65_HS1-834228961_62-HQ-83894_Section_10
Agency: FBI
Page 142
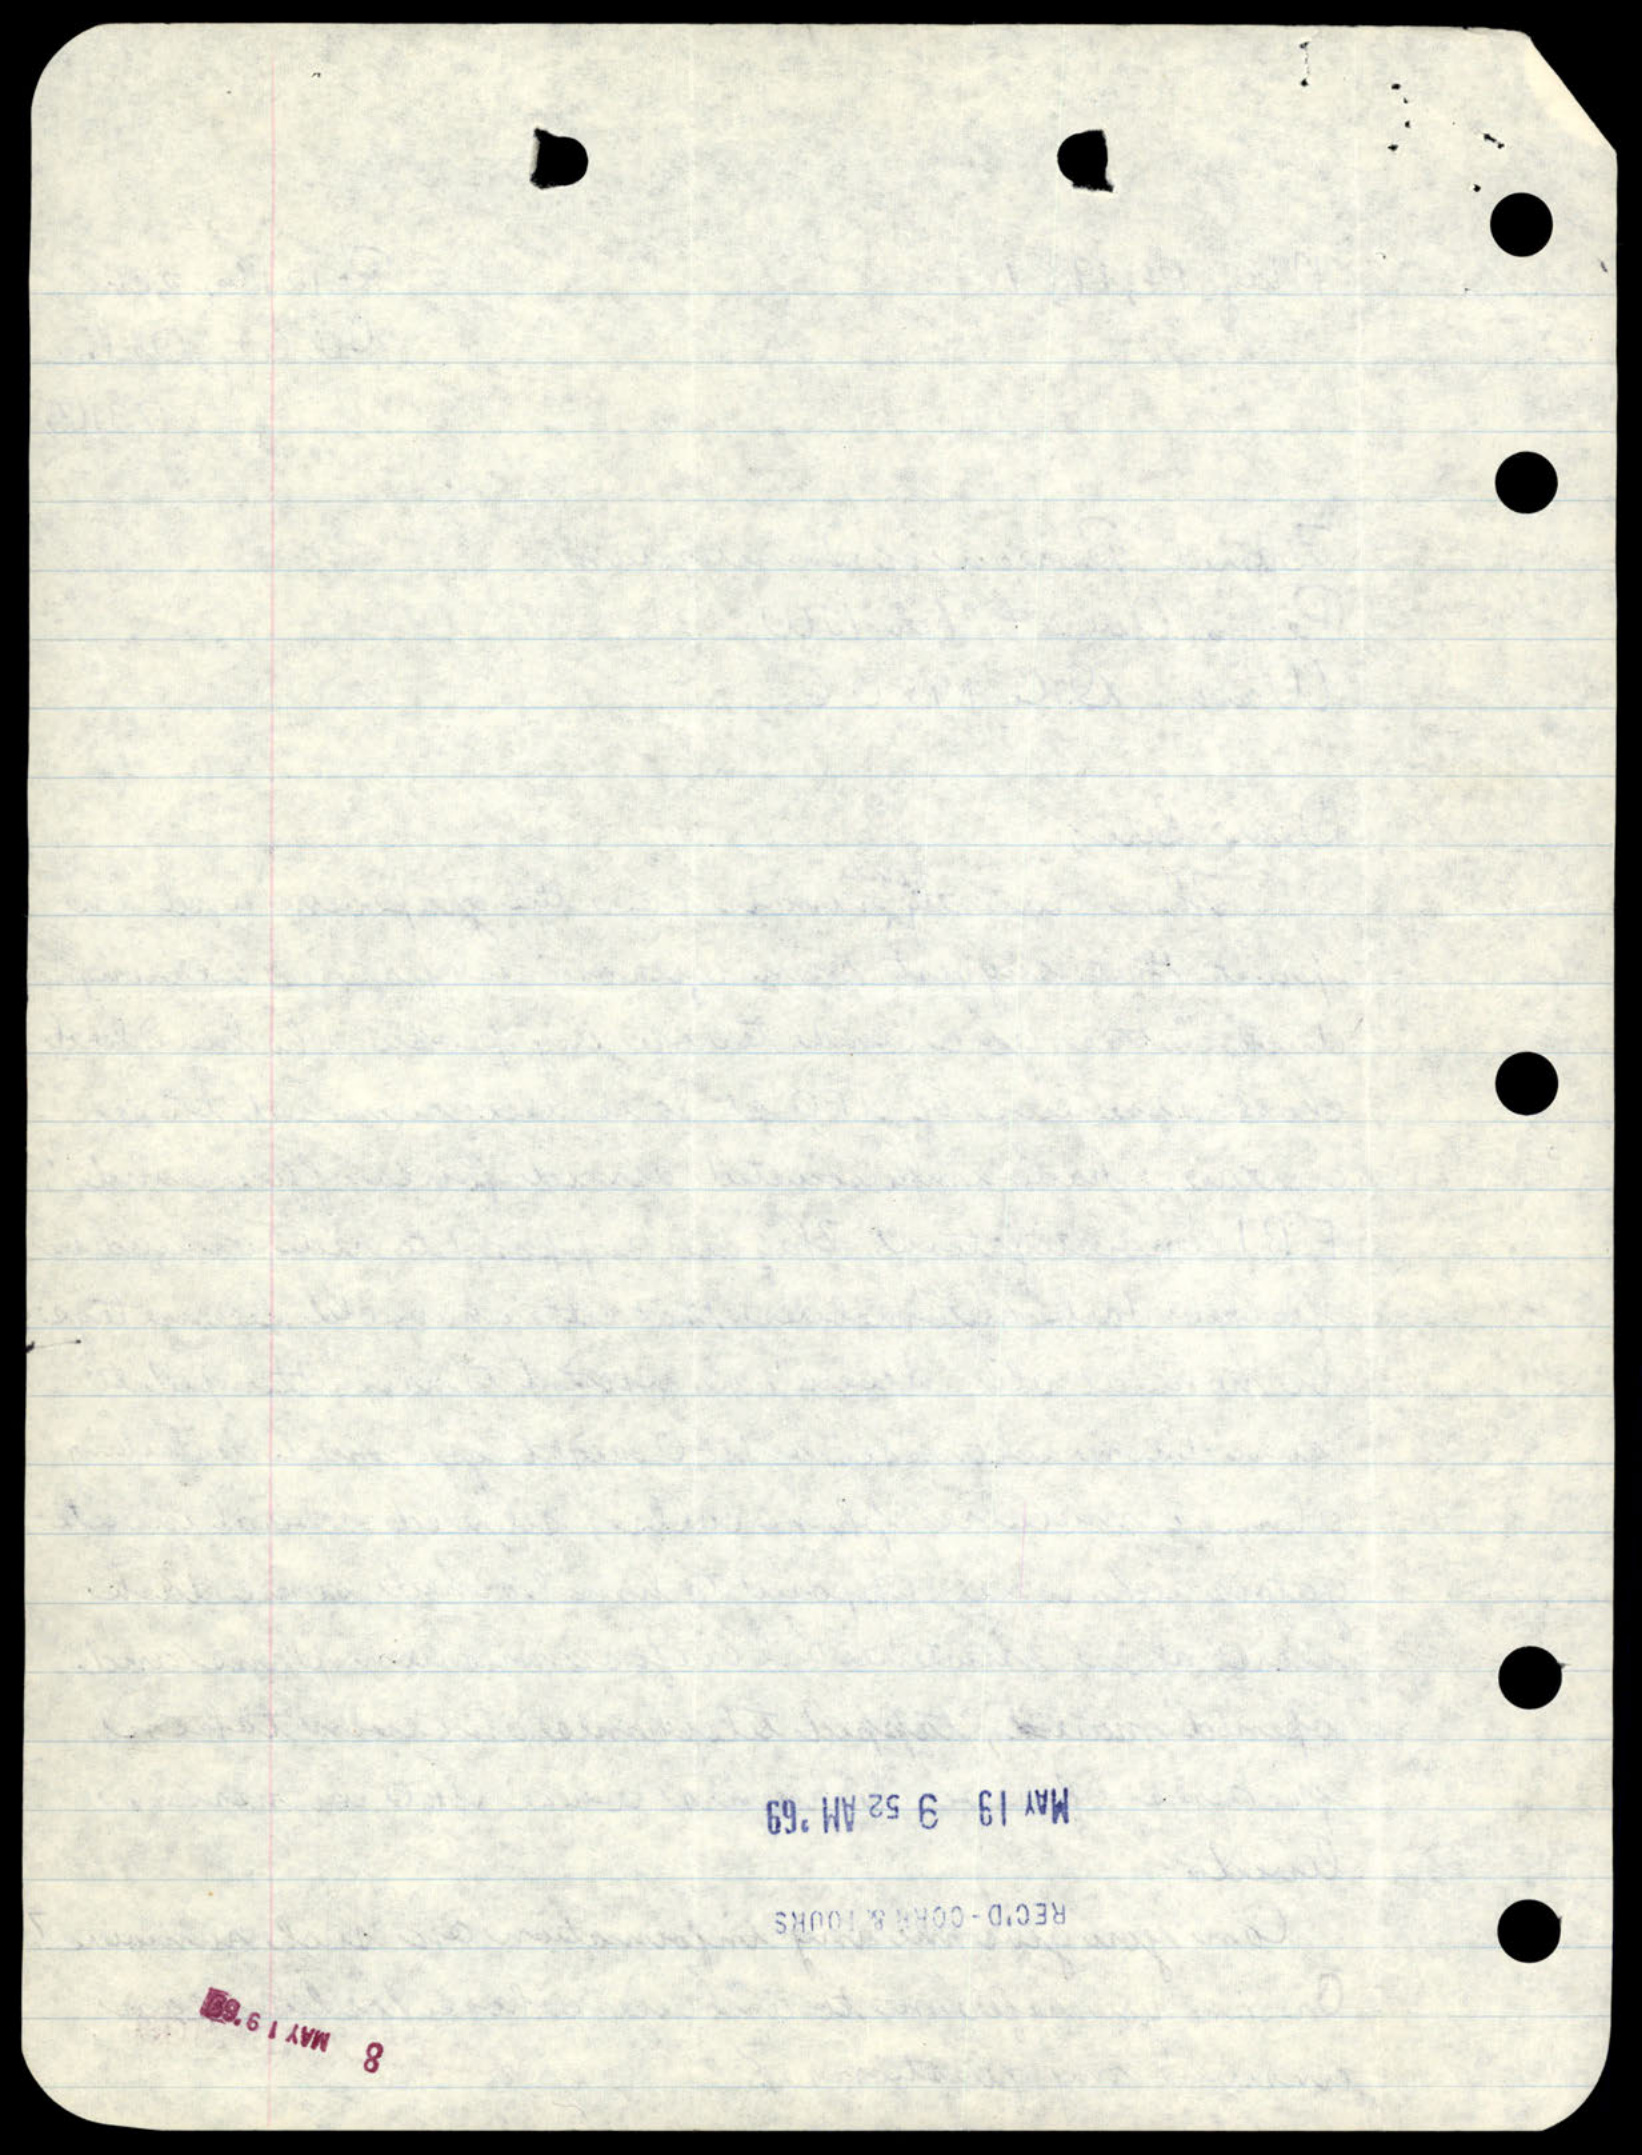